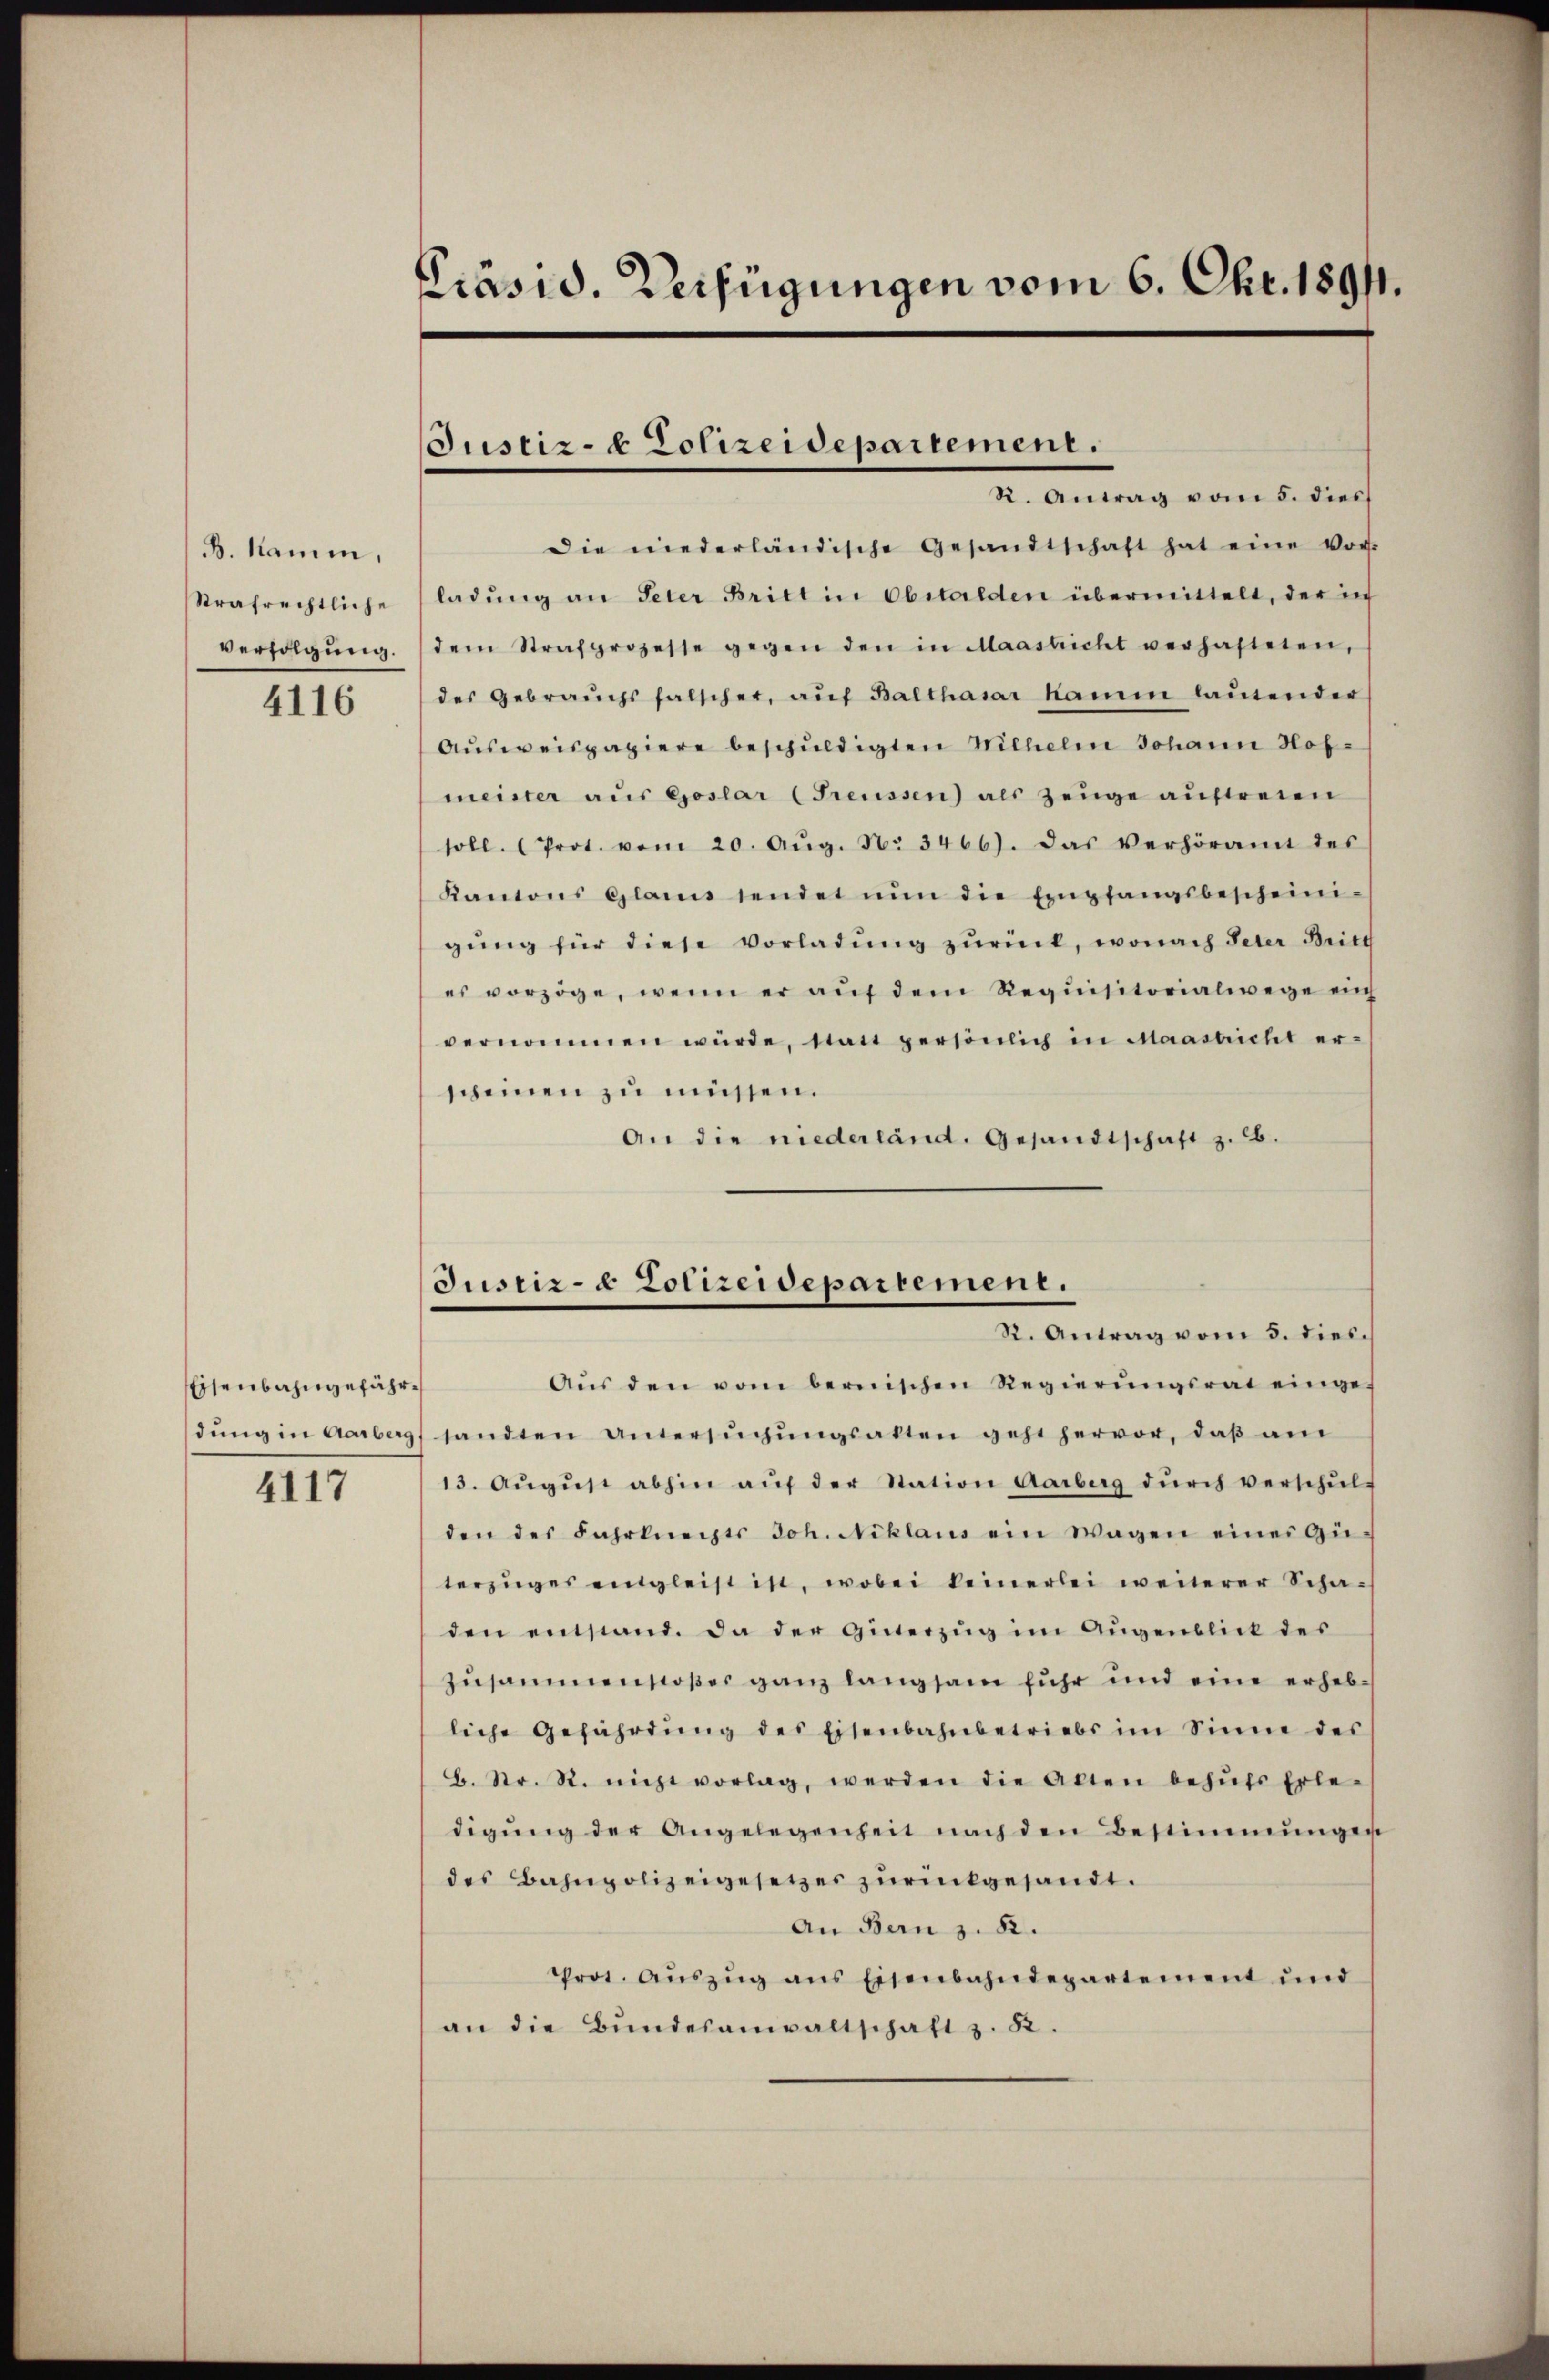
B. kamm,
Strafrechtliche
Verfolgung.

4116

Eisenbahngefährdung in Aarberg

4117

Präsid. Verfügungen vom 6. Okt. 18911.

Justiz- & Polizeidepartement.
R. Antrag vom 5. dies

Die niederländische Gesandtschaft hat eine Vor-
ladŭng an Peter Britt in Obstalden übermittelt, der in
dem Strafprozesse gegen den in Maastricht verhafteten,
des Gebraŭchsfalscher, aŭf Balthasar Kamm laŭtender
Aŭsweispapiere beschuldigten Wilhelm Johann Hof-
meister aus Goslar (Freussen) als Zeuge auftreten
soll. (Prot. vom 20. Aŭg. N. 3466). Das Verhöramt des
Kantons Glarus sendet nŭn die Empfangsbescheini-
gŭng für diese Vorladung zurück, wonach Peter Britt
es vorzöge, wenn er aŭf dem Requisitorialwege ei
vernommen würde, statt persönlich in Maastricht er-
scheinen zu müssen.
An die niederländ. Gesandtschaft z. B.

Justiz- & Zolizeidepartement.
R. Antrag vom 5. dies.

Aŭs den vom bernischen Regierŭngsrat eingesandten untersŭchŭngsakten geht hervor, daβ am
13. Aŭgŭst abhin aŭf der Station Aarburg dŭrch verschŭl-
den des Fahrknechts Joh. Niklaus ein Wagen eines Gü-
terzŭges eingleist ist, wobei keinerlei weiterer Scha-
den einstand. Da der Hinterzŭg im Augenblick des
zusammenstoßes ganz langsam fuhr und eine erhebliche Gefährdŭng des Eisenbahnbetriebs im Sinne des
B. Nr. R. nicht vorlag, werden die Alten behŭfs Erle-
digŭng der Angelegenheit nach den Bestimmungen
des Bahnpolizeigesetzes zurückgesandt.
An Bern z. B.
Prot. Aŭszŭg ans Eisenbahndepartement und
an die Bŭndesanwaltschaft z. 82.